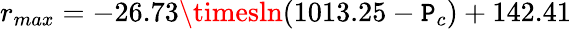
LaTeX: r_{max}=-26.73\timesln(1013.25-\mathtt{P}_{c})+142.41